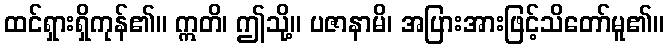
ထင်ရှားရှိကုန်၏။ ဣတိ၊ ဤသို့။ ပဇာနာမိ၊ အပြားအားဖြင့်သိတော်မူ၏။